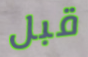
قبل